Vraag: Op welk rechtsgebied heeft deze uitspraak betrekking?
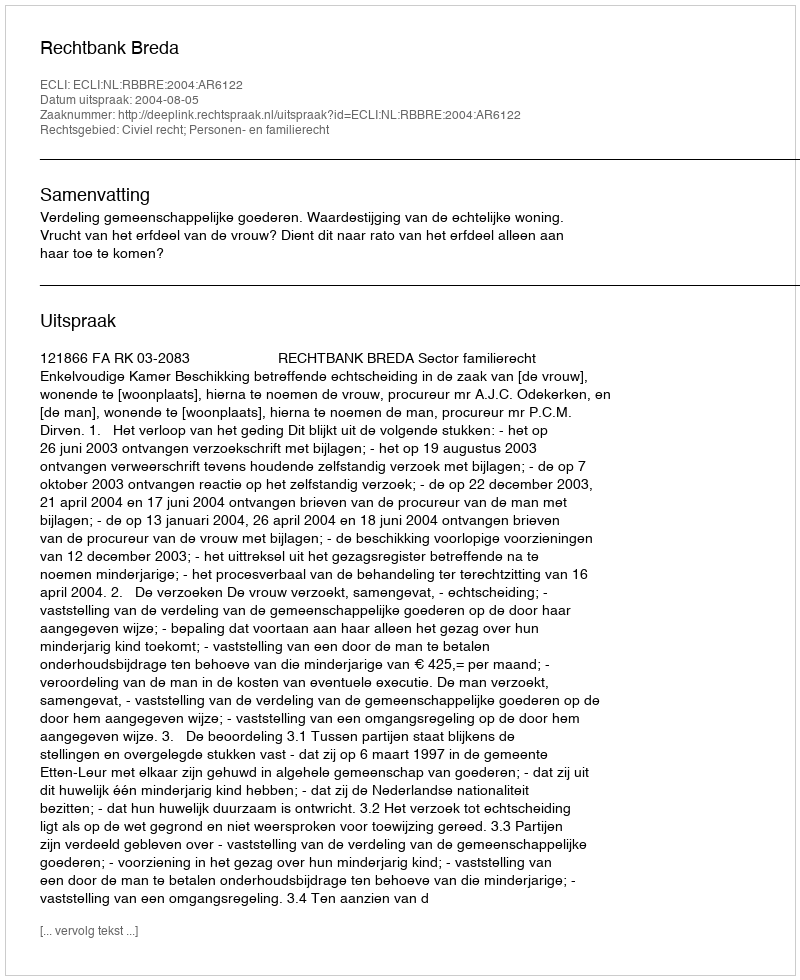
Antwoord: Civiel recht; Personen- en familierecht